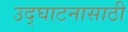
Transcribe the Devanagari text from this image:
उद्घाटनासाठी